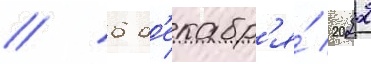
// 6 д'екабр'я́ 2022